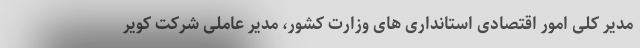
مدیر کلی امور اقتصادی استانداری های وزارت کشور، مدیر عاملی شرکت کویر